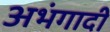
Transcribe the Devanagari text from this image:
अभंगादी